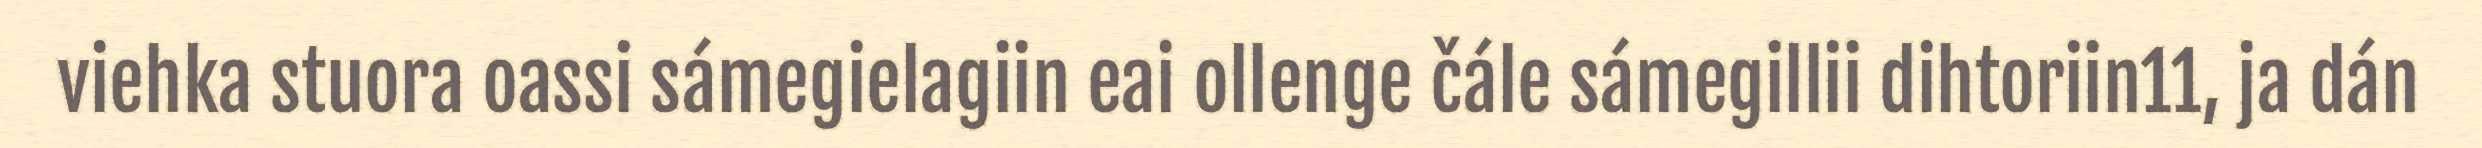
viehka stuora oassi sámegielagiin eai ollenge čále sámegillii dihtoriin11, ja dán